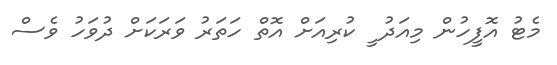
މެޓު އޮފީހުން މިއަދު ީ ކުރިއަށް އޮތް ހަތަރު ވަރަކަށް ދުވަހު ވެސް